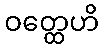
ဝတ္ထေဟိ